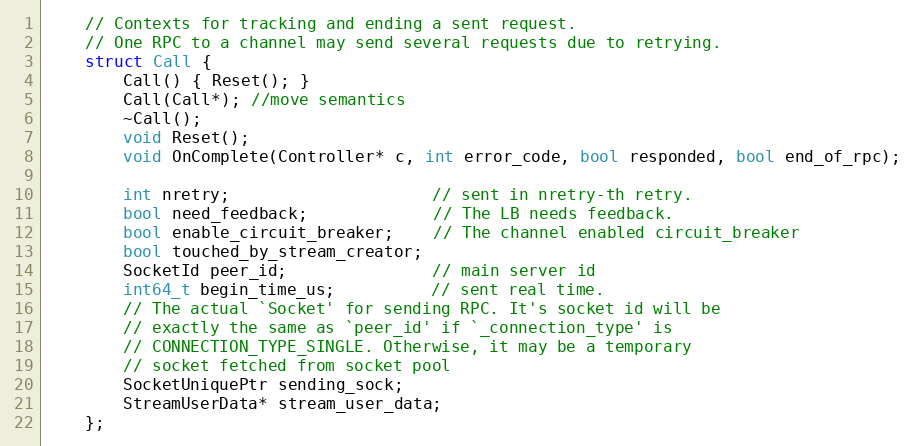
Language: C
    // Contexts for tracking and ending a sent request.
    // One RPC to a channel may send several requests due to retrying.
    struct Call {
        Call() { Reset(); }
        Call(Call*); //move semantics
        ~Call();
        void Reset();
        void OnComplete(Controller* c, int error_code, bool responded, bool end_of_rpc);

        int nretry;                     // sent in nretry-th retry.
        bool need_feedback;             // The LB needs feedback.
        bool enable_circuit_breaker;    // The channel enabled circuit_breaker
        bool touched_by_stream_creator;
        SocketId peer_id;               // main server id
        int64_t begin_time_us;          // sent real time.
        // The actual `Socket' for sending RPC. It's socket id will be
        // exactly the same as `peer_id' if `_connection_type' is
        // CONNECTION_TYPE_SINGLE. Otherwise, it may be a temporary
        // socket fetched from socket pool
        SocketUniquePtr sending_sock;
        StreamUserData* stream_user_data;
    };